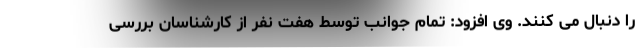
را دنبال می کنند. وی افزود: تمام جوانب توسط هفت نفر از کارشناسان بررسی